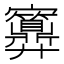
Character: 𱚜